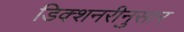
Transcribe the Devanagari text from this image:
डिक्शनरीनुसार